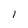
Character: 1